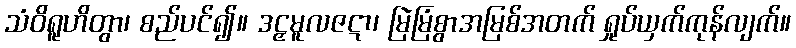
သံဝိရူဟိတွာ၊ စည်ပင်၍။ ဒဠှမူလဇဋာ၊ မြဲမြံစွာအမြစ်အတက် ရှုပ်ယှက်ကုန်လျက်။